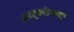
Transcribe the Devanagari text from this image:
अरङ्ङतेक्कु